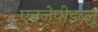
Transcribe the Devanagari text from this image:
एनजेपीडब्लू